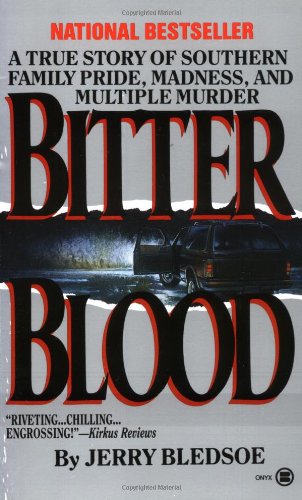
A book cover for Bitter Blood: A True Story of Southern Family Pride, Madness, and Multiple Murder (Onyx); Jerry Bledsoe; Biographies & Memoirs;